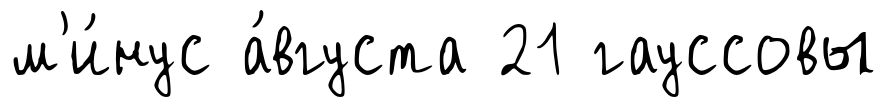
м'и́нус а́вгуста 21 гауссовы